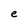
Character: e